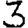
Digit: 3